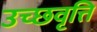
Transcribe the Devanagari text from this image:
उच्छवृत्ति